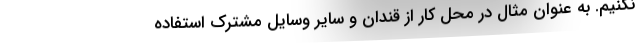
نکنیم. به عنوان مثال در محل کار از قندان و سایر وسایل مشترک استفاده